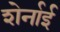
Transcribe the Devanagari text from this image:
शेर्नाई